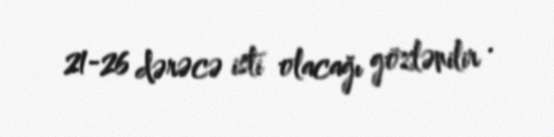
21-26 dərəcə isti olacağı gözlənilir .